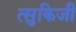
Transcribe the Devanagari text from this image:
त्सुकिजी